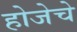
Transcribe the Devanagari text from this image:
होजेचे